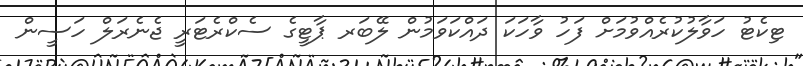
ޓިކެޓު ހަވާލުކުރެއްވުމަށް ފަހު ވާހަކަ ދައްކަވަމުން ލޭބަރ ޕާޓީގެ ސެކްރެޓަރީ ޖެނެރަލް ހަސީން